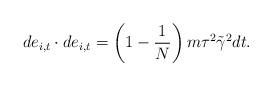
LaTeX: \begin{align*}de_{i,t}\cdot de_{i,t}=\left( 1-\frac{1}{N}\right)m\tau^2 \tilde{\gamma}^2dt.\end{align*}